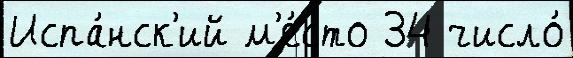
Испа́нск'ий м'е́сто 34 число́